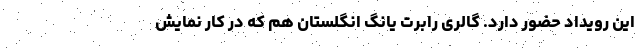
این رویداد حضور دارد. گالری رابرت یانگ انگلستان هم که در کار نمایش